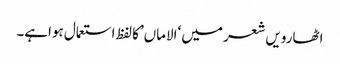
اٹھارویں شعر میں ‘الاماں’کا لفظ استعمال ہواہے۔